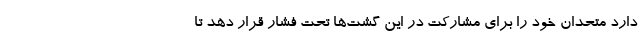
دارد متحدان خود را برای مشارکت در این گشت‌ها تحت فشار قرار دهد تا